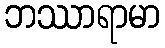
ဘဿာရာမာ